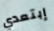
إبتعدي